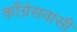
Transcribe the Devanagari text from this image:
काँग्रेसवासी